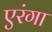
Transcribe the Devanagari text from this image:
एरंगा